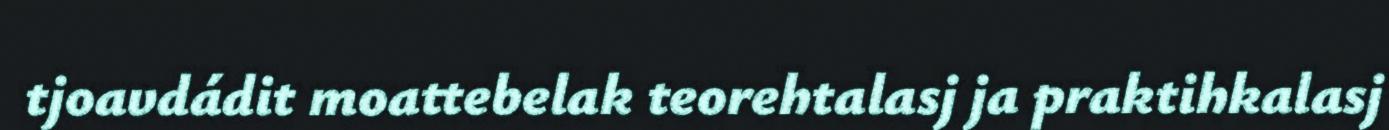
tjoavdádit moattebelak teorehtalasj ja praktihkalasj